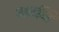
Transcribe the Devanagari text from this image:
अवधि